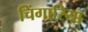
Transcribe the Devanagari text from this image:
चिंगारिया